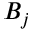
B _ { j }